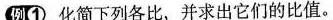
例①化简下列各比，并求出它们的比值。